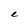
Character: e